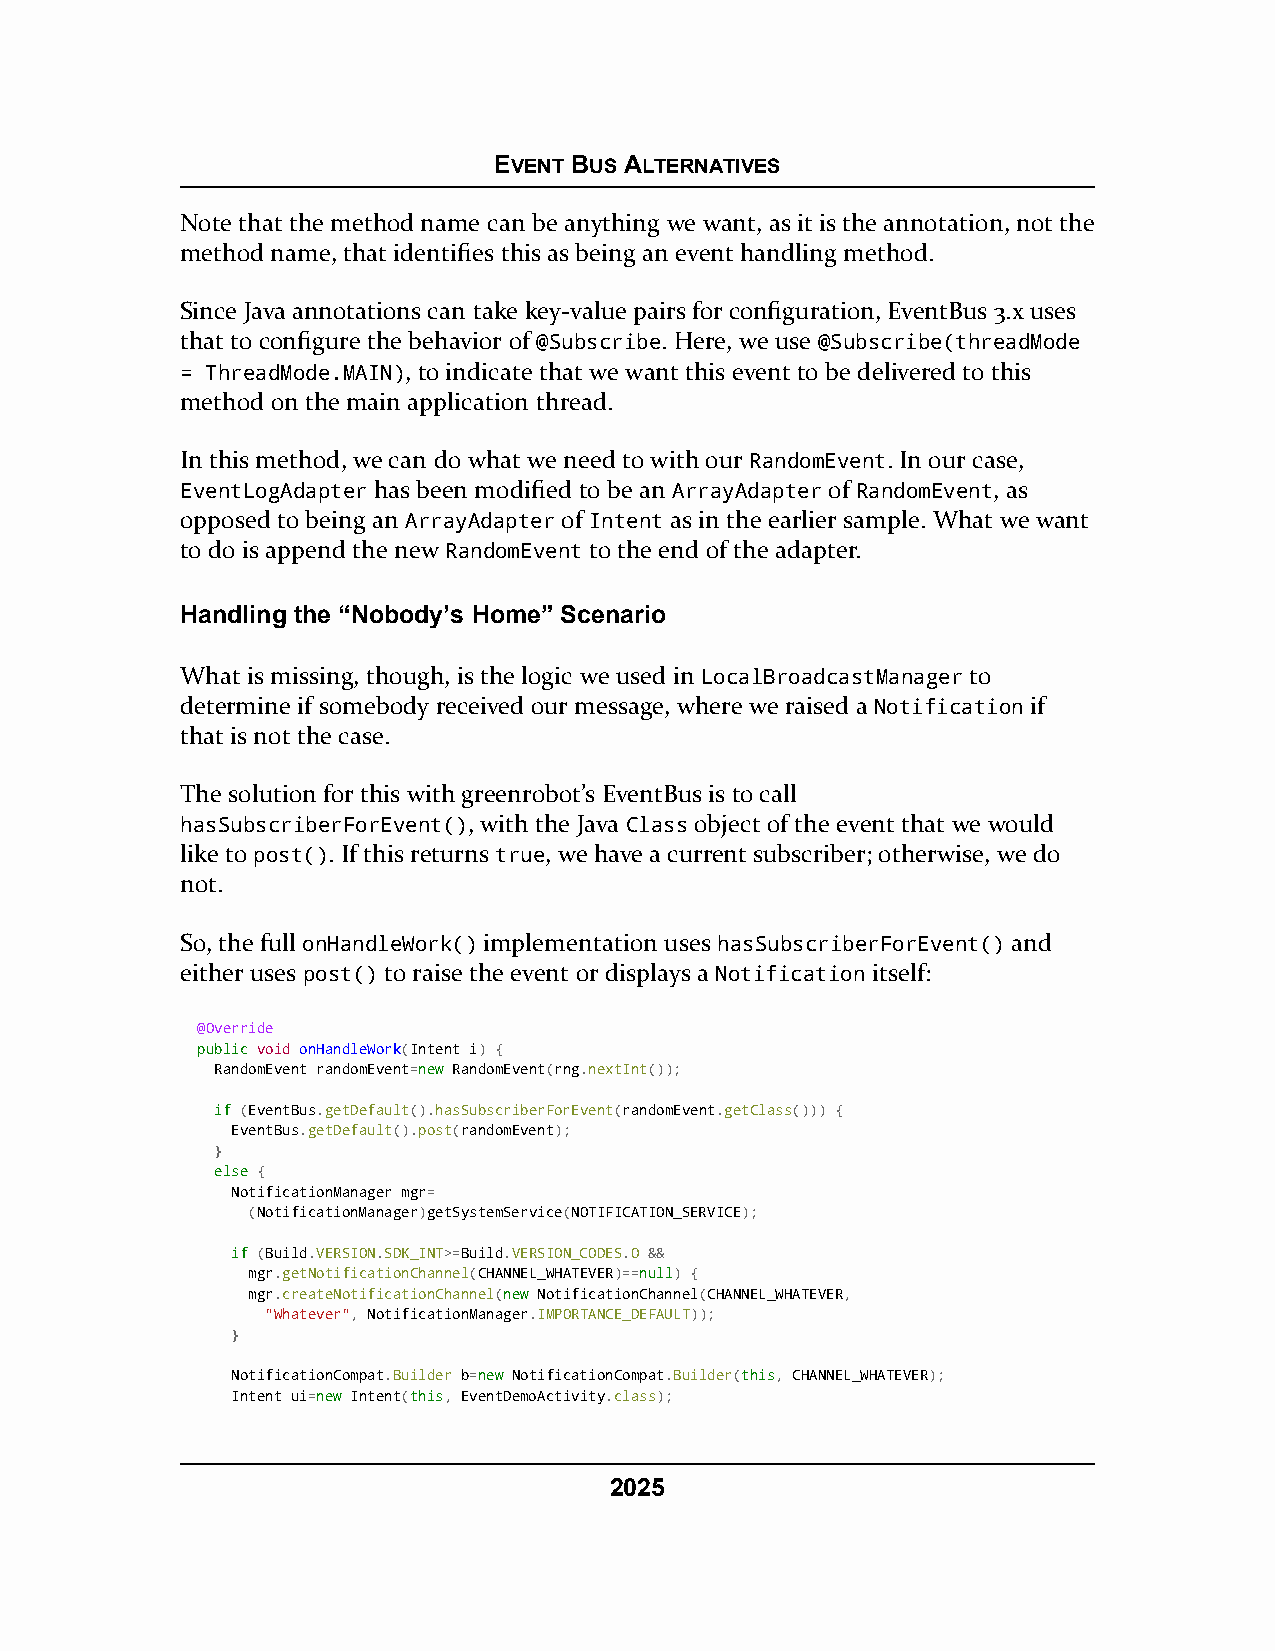
EVENT BUS ALTERNATIVES
 Note that the method name can be anything we want, as it is the annotation, not the
 method name, that identifies this as being an event handling method.
 Since Java annotations can take key-value pairs for configuration, EventBus 3.x uses
 that to configure the behavior of @Subscribe. Here, we use @Subscribe(threadMode
 = ThreadMode.MAIN), to indicate that we want this event to be delivered to this
 method on the main application thread.
 In this method, we can do what we need to with our RandomEvent. In our case,
 EventLogAdapter has been modified to be an ArrayAdapter of RandomEvent, as
 opposed to being an ArrayAdapter of Intent as in the earlier sample. What we want
 to do is append the new RandomEvent to the end of the adapter.
 Handling the “Nobody’s Home” Scenario
 What is missing, though, is the logic we used in LocalBroadcastManager to
 determine if somebody received our message, where we raised a Notification if
 that is not the case.
 The solution for this with greenrobot’s EventBus is to call
 hasSubscriberForEvent(), with the Java Class object of the event that we would
 like to post(). If this returns true, we have a current subscriber; otherwise, we do
 not.
 So, the full onHandleWork() implementation uses hasSubscriberForEvent() and
 either uses post() to raise the event or displays a Notification itself:
 @Override
 ppuubblliicc void onHandleWork(Intent i) {
 RandomEvent randomEvent=nneeww RandomEvent(rng.nextInt());
 iiff (EventBus.getDefault().hasSubscriberForEvent(randomEvent.getClass())) {
 EventBus.getDefault().post(randomEvent);
 }
 eellssee {
 NotificationManager mgr=
 (NotificationManager)getSystemService(NOTIFICATION_SERVICE);
 iiff (Build.VERSION.SDK_INT>=Build.VERSION_CODES.O &&
 mgr.getNotificationChannel(CHANNEL_WHATEVER)==nnuullll) {
 mgr.createNotificationChannel(nneeww NotificationChannel(CHANNEL_WHATEVER,
 "Whatever", NotificationManager.IMPORTANCE_DEFAULT));
 }
 NotificationCompat.Builder b=nneeww NotificationCompat.Builder(tthhiiss, CHANNEL_WHATEVER);
 Intent ui=nneeww Intent(tthhiiss, EventDemoActivity.class);
 2025